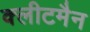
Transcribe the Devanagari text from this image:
क्लीटमैन